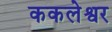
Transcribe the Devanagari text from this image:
ककलेश्वर